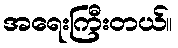
အရေးကြီးတယ်။